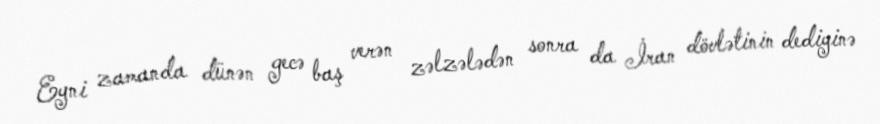
Eyni zamanda dünən gecə baş verən zəlzələdən sonra da İran dövlətinin dediyinə